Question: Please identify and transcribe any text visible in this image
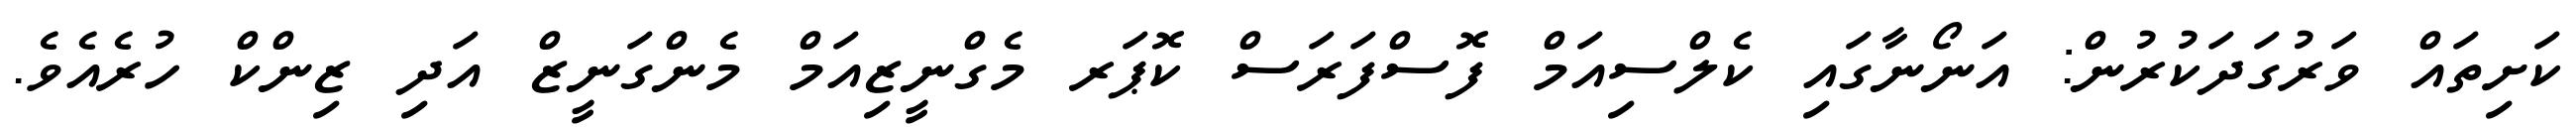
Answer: ކަށިތައް ވަރުގަދަކުރުން: އަނޯނާގައި ކެލްސިއަމް ފޮސްފަރަސް ކޮޕަރ މެގްނީޒިއަމް މެންގަނީޒް އަދި ޒިންކް ހުރެއެވެ.